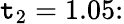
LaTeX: \mathtt{t}_{2}=1.05\colon